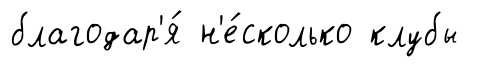
благодар'я́ н'е́сколько клубы